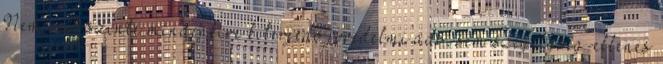
Nem volt szinte mindenkire kiterjedő jövedelmi adó, sem szegélység-ellenes